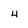
Character: 4